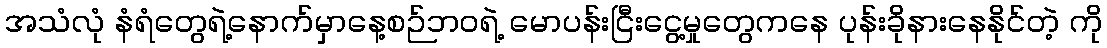
အသံလုံ နံရံတွေရဲ့နောက်မှာနေ့စဉ်ဘဝရဲ့ မောပန်းငြီးငွေ့မှုတွေကနေ ပုန်းခိုနားနေနိုင်တဲ့ ကို